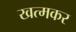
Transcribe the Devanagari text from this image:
खत्मकर